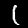
Label: 1